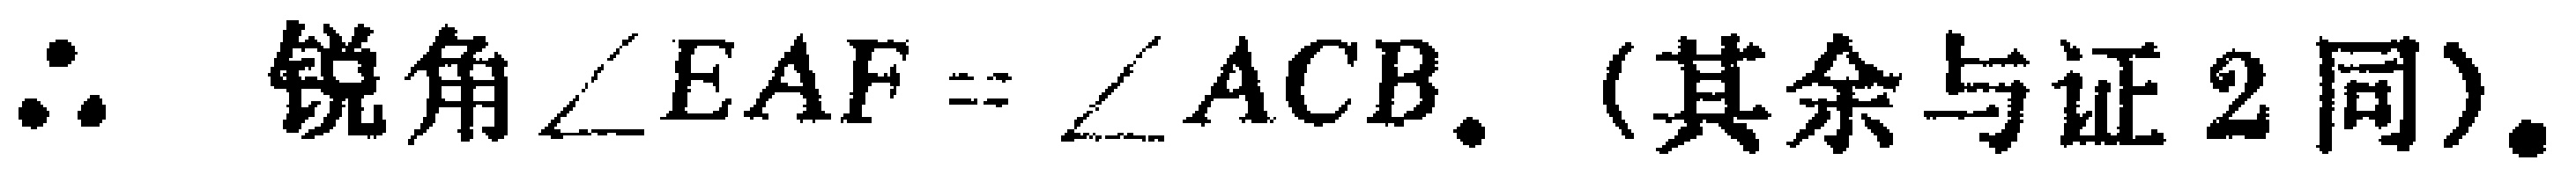
$\therefore$ 锐角$\angle EAF = \angle ACB$. (其余与证2同).